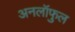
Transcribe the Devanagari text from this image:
अनलॉफुल